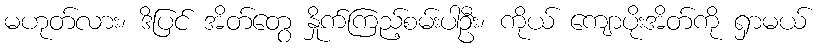
မဟုတ်လား၊ ဒိပြင် အိတ်တွေ နှိုက်ကြည့်စမ်းပါဦး၊ ကိုယ် ကျောပိုးအိတ်ကို ရှာမယ်